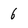
Character: 6